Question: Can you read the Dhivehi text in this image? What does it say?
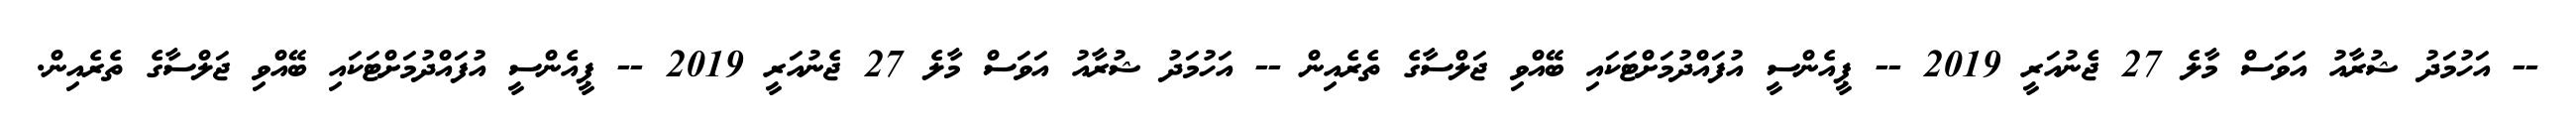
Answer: -- އަހުމަދު ޝުރާއު އަވަސް މާލެ 27 ޖެނުއަރީ 2019 -- ޕީއެންސީ އުފައްދުމަށްޓަކައި ބޭއްވި ޖަލްސާގެ ތެރެއިން -- އަހުމަދު ޝުރާއު އަވަސް މާލެ 27 ޖެނުއަރީ 2019 -- ޕީއެންސީ އުފައްދުމަށްޓަކައި ބޭއްވި ޖަލްސާގެ ތެރެއިން.